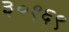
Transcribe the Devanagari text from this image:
३०१६९